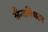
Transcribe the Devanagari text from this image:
सैन्यविघटन